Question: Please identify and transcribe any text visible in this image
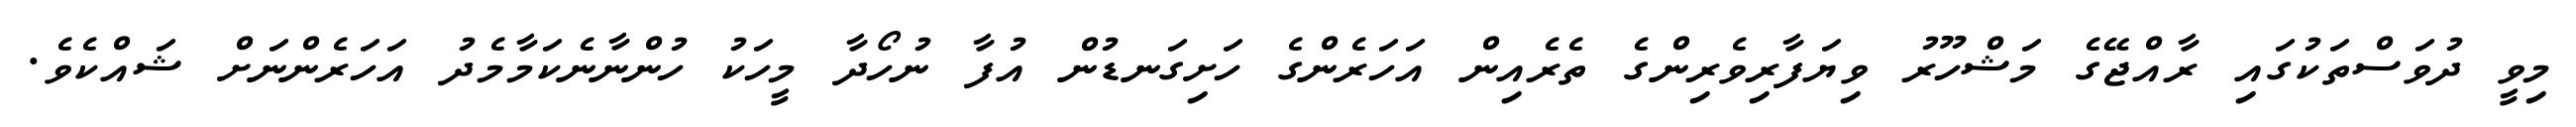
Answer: މިވީ ދުވަސްތަކުގައި ރާއްޖޭގެ މަޝްހޫރު ވިޔަފާރިވެރިންގެ ތެރެއިން އަހަރެންގެ ހަށިގަނޑުން އުފާ ނުހޯދާ މީހަކު ހުންނާނެކަމާމެދު އަހަރެންނަށް ޝައްކެވެ.